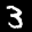
Label: 3